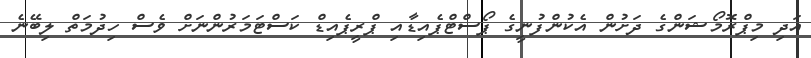
އަދި މިޕްރޮމޯޝަންގެ ދަށުން އެކުންފުނީގެ ޕޯސްޓްޕެއިޑާއި ޕްރީޕެއިޑް ކަސްޓަމަރުންނަށް ވެސް ހިދުމަތް ލިބޭނެ